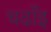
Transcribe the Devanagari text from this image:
चढाँइ